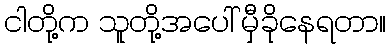
ငါတို့က သူတို့အပေါ် မှီခိုနေရတာ။